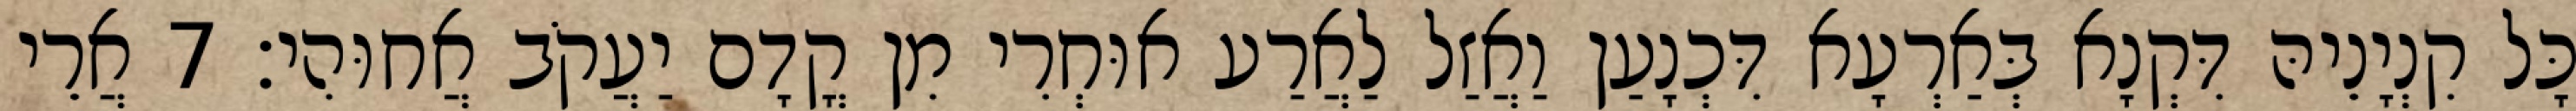
כָּל קִנְיָנֵיהּ דִּקְנָא בְּאַרְעָא דִּכְנָעַן וַאֲזַל לַאֲרַע אוּחְרִי מִן קֳדָם יַעֲקֹב אֲחוּהִי׃ 7 אֲרֵי